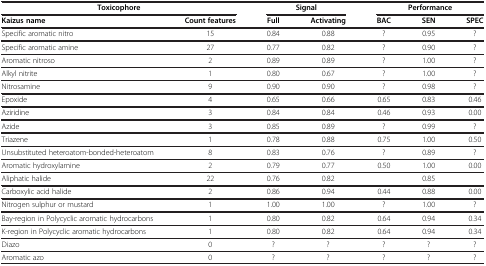
<table><thead><tr><td colspan="2"><b>Toxicophore</b></td><td colspan="2"><b>Signal</b></td><td colspan="3"><b>Performance</b></td></tr><tr><td><b>Kaizus name</b></td><td><b>Count features</b></td><td><b>Full</b></td><td><b>Activating</b></td><td><b>BAC</b></td><td><b>SEN</b></td><td><b>SPEC</b></td></tr></thead><tbody><tr><td>Specific aromatic nitro</td><td>15</td><td>0.84</td><td>0.88</td><td>?</td><td>0.95</td><td>?</td></tr><tr><td>Specific aromatic amine</td><td>27</td><td>0.77</td><td>0.82</td><td>?</td><td>0.90</td><td>?</td></tr><tr><td>Aromatic nitroso</td><td>2</td><td>0.89</td><td>0.89</td><td>?</td><td>1.00</td><td>?</td></tr><tr><td>Alkyl nitrite</td><td>1</td><td>0.80</td><td>0.67</td><td>?</td><td>1.00</td><td>?</td></tr><tr><td>Nitrosamine</td><td>9</td><td>0.90</td><td>0.90</td><td>?</td><td>0.98</td><td>?</td></tr><tr><td>Epoxide</td><td>4</td><td>0.65</td><td>0.66</td><td>0.65</td><td>0.83</td><td>0.46</td></tr><tr><td>Aziridine</td><td>3</td><td>0.84</td><td>0.84</td><td>0.46</td><td>0.93</td><td>0.00</td></tr><tr><td>Azide</td><td>3</td><td>0.85</td><td>0.89</td><td>?</td><td>0.99</td><td>?</td></tr><tr><td>Triazene</td><td>1</td><td>0.78</td><td>0.88</td><td>0.75</td><td>1.00</td><td>0.50</td></tr><tr><td>Unsubstituted heteroatom-bonded-heteroatom</td><td>8</td><td>0.83</td><td>0.76</td><td>?</td><td>0.89</td><td>?</td></tr><tr><td>Aromatic hydroxylamine</td><td>2</td><td>0.79</td><td>0.77</td><td>0.50</td><td>1.00</td><td>0.00</td></tr><tr><td>Aliphatic halide</td><td>22</td><td>0.76</td><td>0.82</td><td> </td><td>0.85</td><td> </td></tr><tr><td>Carboxylic acid halide</td><td>2</td><td>0.86</td><td>0.94</td><td>0.44</td><td>0.88</td><td>0.00</td></tr><tr><td>Nitrogen sulphur or mustard</td><td>1</td><td>1.00</td><td>1.00</td><td>?</td><td>1.00</td><td>?</td></tr><tr><td>Bay-region in Polycyclic aromatic hydrocarbons</td><td>1</td><td>0.80</td><td>0.82</td><td>0.64</td><td>0.94</td><td>0.34</td></tr><tr><td>K-region in Polycyclic aromatic hydrocarbons</td><td>1</td><td>0.80</td><td>0.82</td><td>0.64</td><td>0.94</td><td>0.34</td></tr><tr><td>Diazo</td><td>0</td><td>?</td><td>?</td><td>?</td><td>?</td><td>?</td></tr><tr><td>Aromatic azo</td><td>0</td><td>?</td><td>?</td><td>?</td><td>?</td><td>?</td></tr></tbody></table>